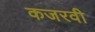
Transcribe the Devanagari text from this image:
कजरवी